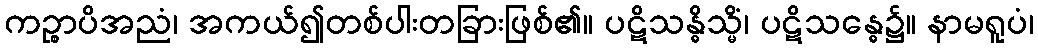
ကဉ္စာပိအညံ၊ အကယ်၍တစ်ပါးတခြားဖြစ်၏။ ပဋိသန္ဓိသ္မိံ၊ ပဋိသန္ဓေ၌။ နာမရူပံ၊